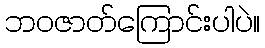
ဘဝဇာတ်ကြောင်းပါပဲ။